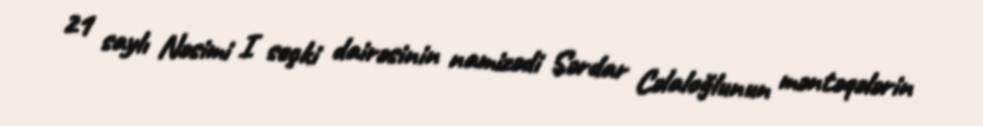
21 saylı Nəsimi I seçki dairəsinin namizədi Sərdar Cəlaloğlunun məntəqələrin